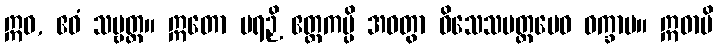
ဣဓ, ဧဝံ သဗ္ဗတ္ထ။ ဣတော ပရဉှိ ဧတ္တကမ္ပိ အဝတွာ ဝိသေသမတ္တမေဝ ဝက္ခာမ။ ဣဓာပိ